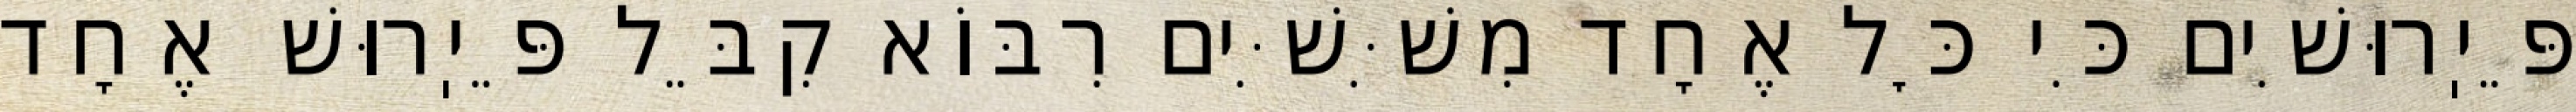
פֵּיֽרוּשִׁים כִּי כׇּל אֶחָד מִשִּׁשִּׁים רִבּוֹא קִבֵּל פֵּיֽרוּשׁ אֶחָד